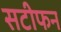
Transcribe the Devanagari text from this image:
सटीफन